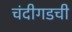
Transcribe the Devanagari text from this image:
चंदीगडची